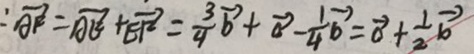
: \overrightarrow { A F } = \overrightarrow { A E } + \overrightarrow { E F } = \frac { 3 } { 4 } \overrightarrow { b } + \overrightarrow { a } - \frac { 1 } { 4 } \overrightarrow { b } = \overrightarrow { o } + \frac { 1 } { 2 } \overrightarrow { b }